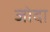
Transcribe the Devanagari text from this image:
जोदा